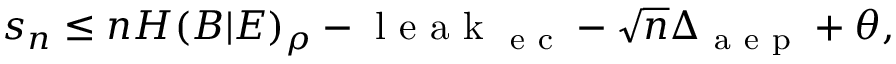
s _ { n } \leq n H ( B | E ) _ { \rho } - \mathrm { ~ l ~ e ~ a ~ k ~ } _ { \mathrm { ~ e ~ c ~ } } - \sqrt { n } \Delta _ { \mathrm { ~ a ~ e ~ p ~ } } + \theta ,